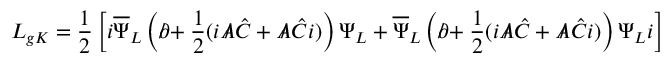
{ \cal L } _ { g K } = \frac { 1 } { 2 } \left[ i \overline { { { \Psi } } } _ { L } \left( \partial \! \! \! / + \frac { 1 } { 2 } ( i { \cal A } \! \! \! / \, \hat { C } + { \cal A } \! \! \! / \: \hat { C } i ) \right) \Psi _ { L } + \overline { { { \Psi } } } _ { L } \left( \partial \! \! \! / + \frac { 1 } { 2 } ( i { \cal A } \! \! \! / \, \hat { C } + { \cal A } \! \! \! / \: \hat { C } i ) \right) \Psi _ { L } i \right]